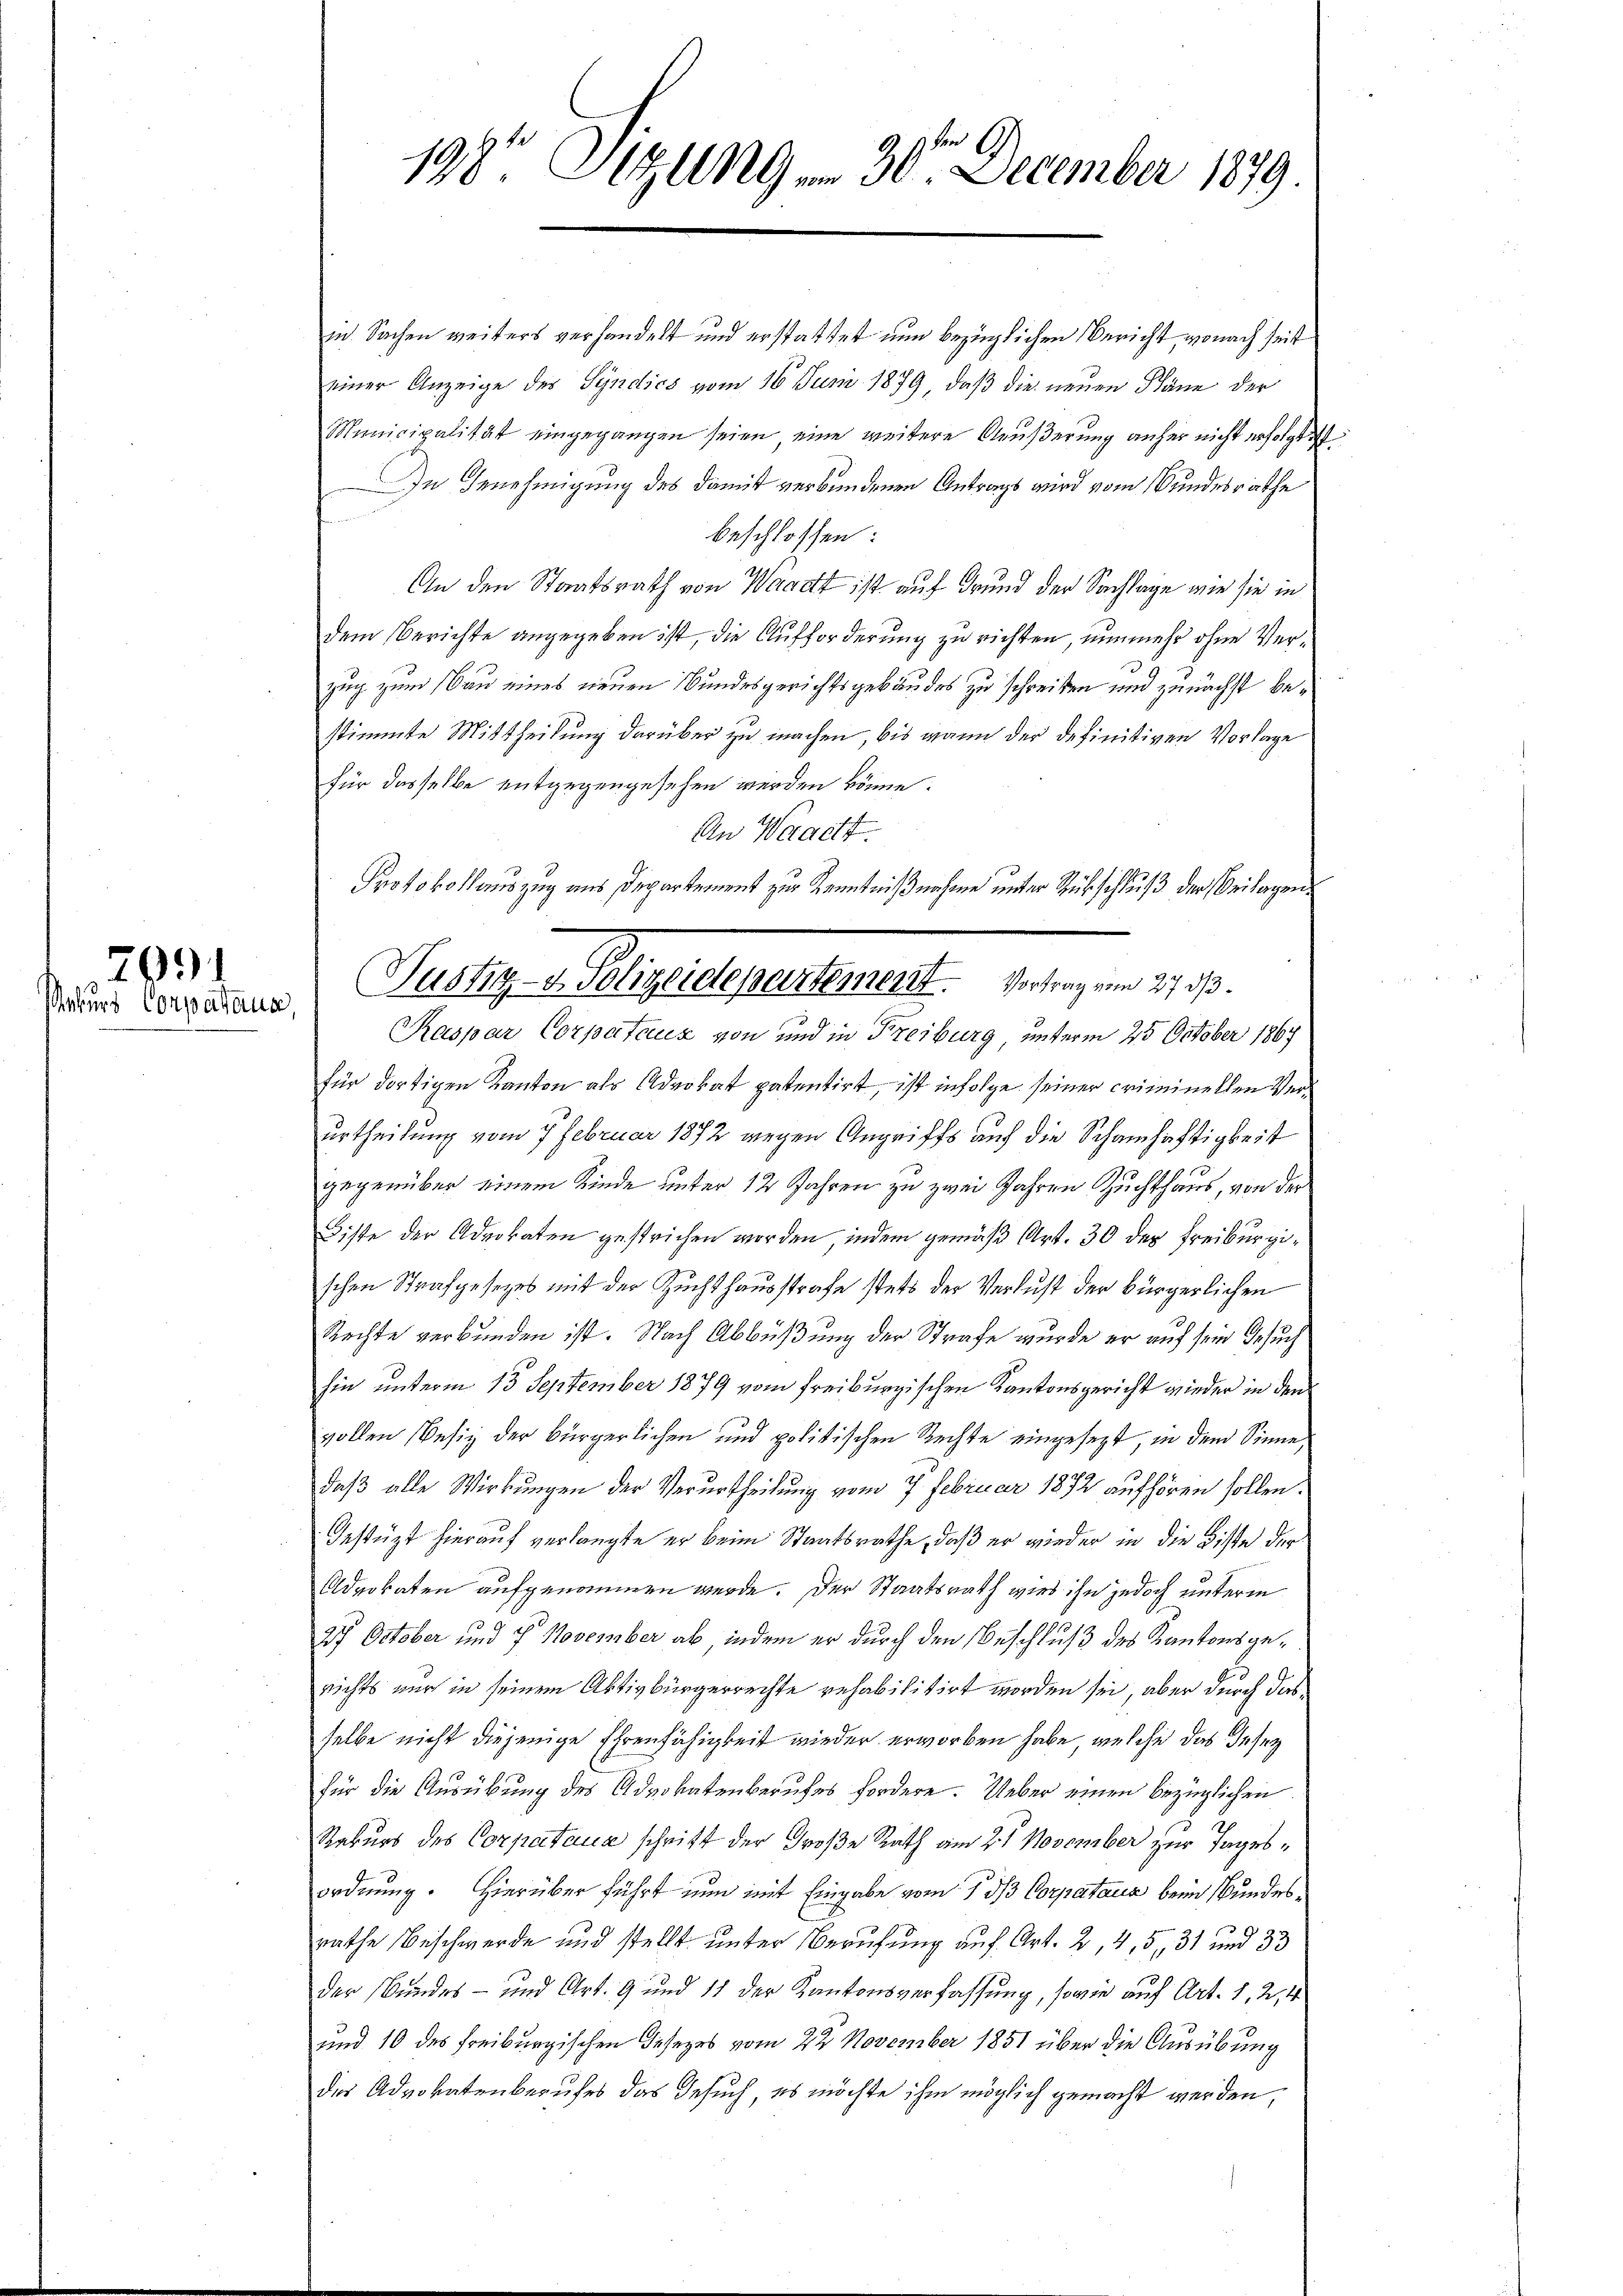
7991
Rekurs Corpataus

h
198 Etzung am 30. December 1879.

in Sachen weiters verhandelt und erstattet nun bezüglichen Bericht, wonach seit
einer Anzeige des Sÿndics vom 16. Juni 1879, daß die neuen Pläne der
Municipalität eingegangen seien eine weitere Aeußerung anher nicht erfolgt ist
In Genehmigung des damit verbundenen Antrags wird vom Bundesrathe
beschlossen:
An den Staatsrath von Waadt ist auf Grund der Sachlage wie sie in
dem Berichte angegeben ist, die Aufforderung zu richten, nunmehr ohne Verzug zum Bau eines neuen Bundesgerichtsgebäudes zu schreiben und zunächst bestimmte Mittheilung darüber zu machen, bis wann der definitiven Vorlage
für dasselbe entgegengesehen werden könne.
An Waadt.
Protokollauszug aus Departement zur Kenntnißnahme unter Subschluß der Beilagen
Kaspar Corpataux von und in Freiburg unterm 25 October 1867
für dortigen Kanton als Advokat patentirt, ist infolge seiner criminellen Verurtheilung vom 7. Februar 1872 wegen Angriffs auf die Schamhaftigkeit
gegenüber einem Kinde unter 12 Jahren zu zwei Jahren Zuchthaus, von der
Disse der Advokaten gestrichen worden, indem gemäß Art. 30 der Freiburgischen Strafgesetzes mit der Zuchthausstrafe stets der Verlust der bürgerlichen
Rechte verbunden ist. Nach Abbüßung der Strafe wurde er auf sein Gesuch
hin unterm 13 September 1879 vom Freiburgischen Kantonsgericht wieder in den
vollen Besiz der bürgerlichen und politischen Rechte eingesezt, in dem Sinne,
daß alle Wirkungen der Verurtheilung vom 7. Februar 1872 aufhören sollen.
Gestüzt hierauf verlangte er beim Staatsrathe, daß er wieder in die Bitte der
Advokaten aufgenommen werde. Der Staatsrath wie ihn jedoch unterm
27 October und 7 November ab, indem er durch den Beschluß des Kantonsgerichts nur in seinem Aktivbürgerrechte rehabilitirt worden sei, aber durch das
selbe nicht diejenige Ehrenfähigkeit wieder erworben habe, welche das deser
für die Ausübung des Advokatenberufes fordere. Ueber einen bezüglichen
Rakurs des Corpataua schrift der Große Rath am 21 November zur Tagsordnung. Hierüber führt nun mit Eingabe vom 7. ds Corpataus beim Bundesrathe Beschwerde und stellt unter Berufung auf Art. 2, 4, 5, 31 und 33
der Bundes- und Art. 9 und 11 der Kantonsverfassung, sowie auf Art. 1, 2, 4
und 10 des Freiburgischen Desezes vom 22. November 1851 über die Ausübung
der Advokatenberufes das Gesuch, es möchte ihm möglich gemacht werden,

Jully willigeregeltenet. . . . . . 1890.